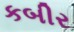
કબીર